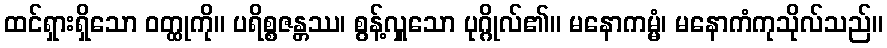
ထင်ရှားရှိသော ဝတ္ထုကို။ ပရိစ္စဇန္တဿ၊ စွန့်လှူသော ပုဂ္ဂိုလ်၏။ မနောကမ္မံ၊ မနောကံကုသိုလ်သည်။